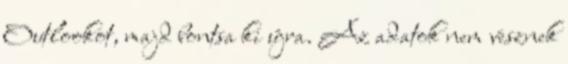
Outlookot, majd bontsa ki újra. Az adatok nem vesznek